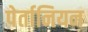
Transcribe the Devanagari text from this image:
पेर्तानियन